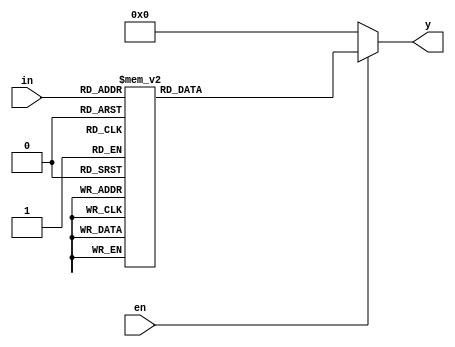
module dec3to8 (
    input [2:0] in, input en, output reg [7:0] y
);
  always@(in or en) begin
    if(en == 0) begin
        y = 8'b00000000;
    end
    else
    begin
        case (in)
            3'b000 : y = 8'b00000001;
            3'b001 : y = 8'b00000010;
            3'b010 : y = 8'b00000100;
            3'b011 : y = 8'b00001000;
            3'b100 : y = 8'b00010000;
            3'b101 : y = 8'b00100000;
            3'b110 : y = 8'b01000000;
            3'b111 : y = 8'b10000000; 
            default: y = 8'bxxxxxxxx;
        endcase
    end 
  end  
endmodule